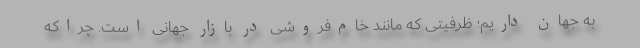
به جهان داریم؛ ظرفیتی كه مانند خام‌فروشی در بازار جهانی است. چراكه